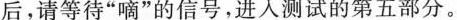
后，请等待”嘀”的信号，进入测试的第五部分。